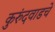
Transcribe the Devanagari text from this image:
कुरुंदवाडचे